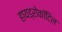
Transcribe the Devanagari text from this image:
हायड्रोकॉटिल